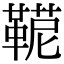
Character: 𩋪